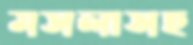
মসলাসহ